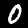
Label: 0